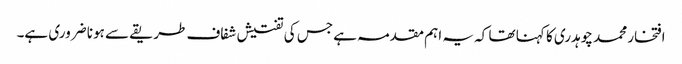
افتخار محمد چوہدری کا کہنا تھا کہ یہ اہم مقدمہ ہے جس کی تفتیش شفاف طریقے سے ہونا ضروری ہے۔